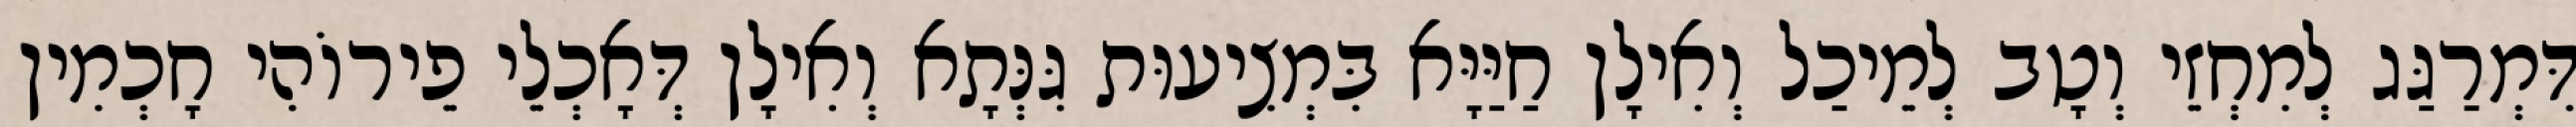
דִּמְרַגַּג לְמִחְזֵי וְטָב לְמֵיכַל וְאִילָן חַיַּיָּא בִּמְצִיעוּת גִּנְּתָא וְאִילָן דְּאָכְלֵי פֵירוֹהִי חָכְמִין